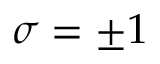
\sigma = \pm 1